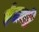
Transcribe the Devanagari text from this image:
इंंग्रजी